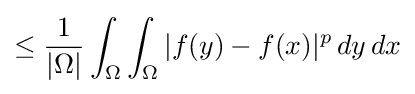
\leq {\frac {1}{|\Omega |}}\int _{\Omega }\int _{\Omega }|f(y)-f(x)|^{p}\,dy\,dx